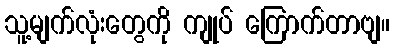
သူ့မျက်လုံးတွေကို ကျုပ် ကြောက်တာဗျ။